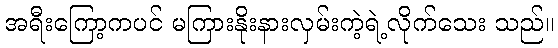
အရီးကြော့ကပင် မကြားနိုးနားလှမ်းကဲ့ရဲ့လိုက်သေး သည်။